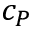
c _ { P }